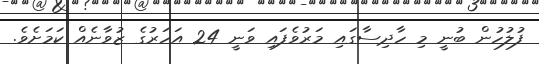
ފުލުހުން ބުނީ މި ހާދިސާގައި މަރުވެފައި ވަނީ 24 އަހަރުގެ ޒުވާނެއް ކަމަށެވެ.